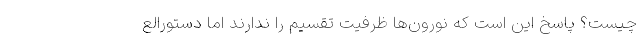
چیست؟ پاسخ این است که نورون‌ها ظرفیت تقسیم را ندارند اما دستورالع